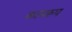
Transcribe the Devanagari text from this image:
कायरूप